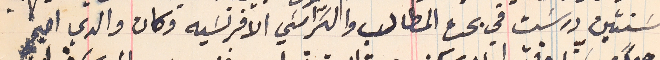
سَنتين ورسَبت في بحث المطالب والكراسَي الافرنسَيه وكان والدي اصبح